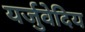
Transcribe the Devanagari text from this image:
यर्जुवेदिय